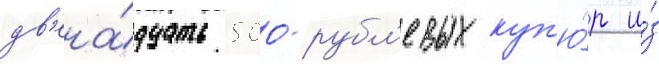
дв'ена́дцать 500-рубл'евых куп'ю́р и́з